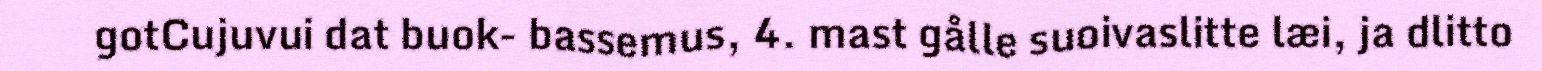
gotCujuvui dat buok- bassemus, 4. mast gålle suoivaslitte læi, ja dlitto